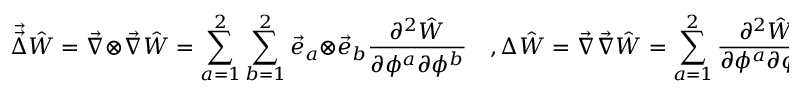
\vec { \vec { \Delta } } \hat { W } = \vec { \nabla } \otimes \vec { \nabla } \hat { W } = \sum _ { a = 1 } ^ { 2 } \sum _ { b = 1 } ^ { 2 } \vec { e } _ { a } \otimes \vec { e } _ { b } \frac { \partial ^ { 2 } \hat { W } } { \partial \phi ^ { a } \partial \phi ^ { b } } \quad , \Delta \hat { W } = \vec { \nabla } \vec { \nabla } \hat { W } = \sum _ { a = 1 } ^ { 2 } \frac { \partial ^ { 2 } \hat { W } } { \partial \phi ^ { a } \partial \phi ^ { a } }